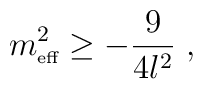
m_{\textrm{{\tiny {eff}}}}^{2}\geq -\frac{9}{4l^{2}}\;,